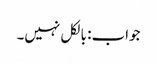
جواب: بالکل نہیں۔